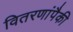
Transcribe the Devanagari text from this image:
वितरणांपैकी